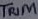
Text: TRIM